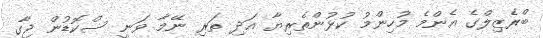
ބްރެޒިލްގެ އެންމެ މުހިންމު ކުޅުންތެރިޔާ އަދި ތަރި ނޭމާ ވަނީ ސްކޮޑުން ޖާގ